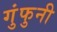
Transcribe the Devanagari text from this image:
गुंफुनी